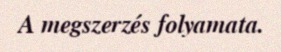
A megszerzés folyamata.